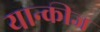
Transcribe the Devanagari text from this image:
यान्कीज